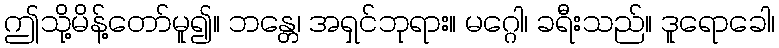
ဤသို့မိန့်တော်မူ၍။ ဘန္တေ၊ အရှင်ဘုရား။ မဂ္ဂေါ၊ ခရီးသည်။ ဒူရောခေါ၊